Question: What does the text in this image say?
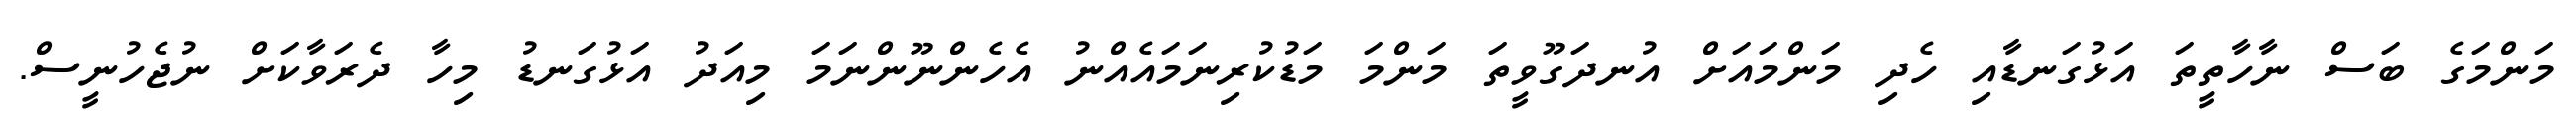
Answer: މަންމަގެ ބަސް ނާހާތީތަ އަޅުގަނޑާއި ހެދި މަންމައަށް އުނދަގޫވީތަ މަންމަ މަޑުކުރިނަމައެއްނު އެހެންނޫންނަމަ މިއަދު އަޅުގަނޑު މިހާ ދެރަވާކަށް ނުޖެހުނީސް.